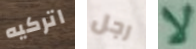
اتركيه رجل لا